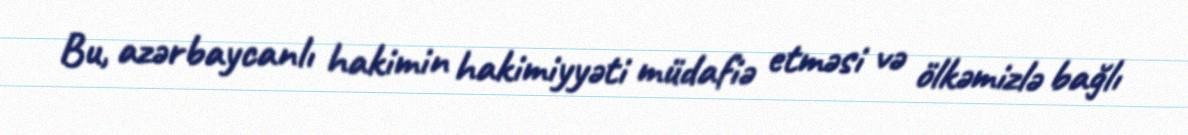
Bu, azərbaycanlı hakimin hakimiyyəti müdafiə etməsi və ölkəmizlə bağlı